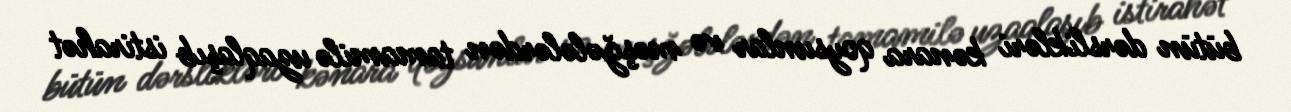
bütün dərslikləri kənara qoysunlar və məşğələlərdən tamamilə uzaqlaşıb istirahət